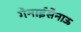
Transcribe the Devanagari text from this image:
गेनाईसेनाऊ